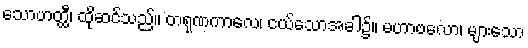
သောဟတ္ထီ၊ ထိုဆင်သည်။ တရုဏကာလေ၊ ငယ်သောအခါ၌။ မဟာဗလော၊ များသော